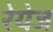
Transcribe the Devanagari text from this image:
रेयेज